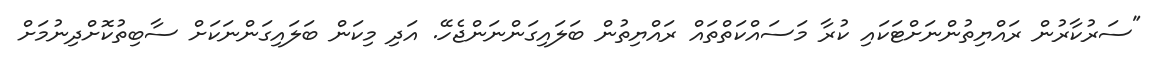
"ސަރުކާރުން ރައްޔިތުންނަށްޓަކައި ކުރާ މަސައްކަތްތައް ރައްޔިތުން ބަލައިގަންނަންޖެހޭ. އަދި މިކަން ބަލައިގަންނަކަށް ސާބިތުކޮށްދިނުމަށް